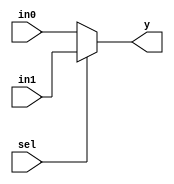
`timescale 1ns / 1ps
module mux2to1(y,in0,in1,sel);
	parameter N=1;
	output[N-1:0] y;
	input[N-1:0] in0,in1;
	input sel;
	reg[N-1:0] y;
	//select output by variable sel
	always @(in0 or in1 or sel)
		begin
			if (sel) y=in1;
			else y=in0;
		end
endmodule